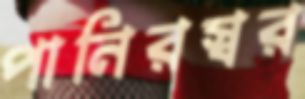
পানিরস্বর